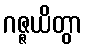
ဂဇ္ဇယိတွာ